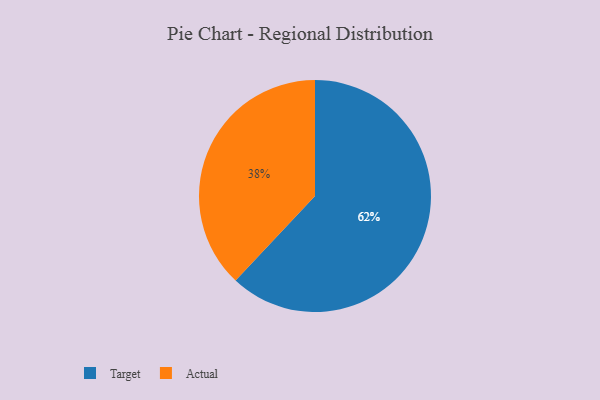
{"axis": {"x": "Category", "y": "Percentage"}, "legend": ["Actual", "Target"], "data": [{"x": "Target", "y": 62, "type": "Target"}, {"x": "Actual", "y": 38, "type": "Actual"}]}